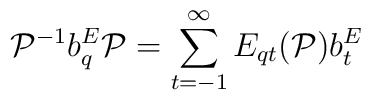
{\cal P}^{-1}b_q^E{\cal P}=\sum_{t=-1}^\infty E_{qt}({\cal P})b_t^E